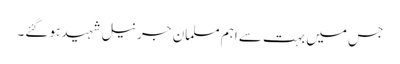
جس میں بہت سے اہم مسلمان جرنیل شہید ہو گئے۔